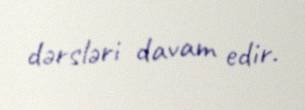
dərsləri davam edir.